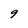
Character: 9